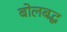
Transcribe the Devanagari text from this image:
बोलबद्ध